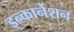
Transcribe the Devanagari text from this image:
इन्कार्नेशन